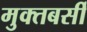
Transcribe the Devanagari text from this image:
मुक्तबर्सी